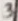
Text: 3